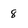
Character: 8